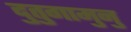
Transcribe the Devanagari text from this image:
दुतुगामुनु